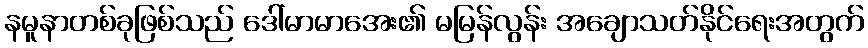
နမူနာတစ်ခုဖြစ်သည် ဒေါ်မာမာအေး၏ မမြန်လွန်း အချောသတ်နိုင်ရေးအတွက်